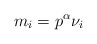
\begin{align*}m_i=p^\alpha \nu_i\end{align*}